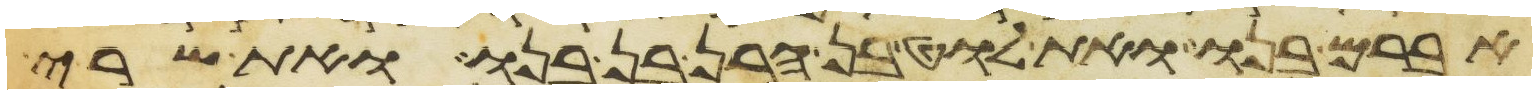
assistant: אברם בנו ואת לוט בן הרן בן בנו ואת שרי